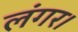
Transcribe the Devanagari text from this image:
लंगर।